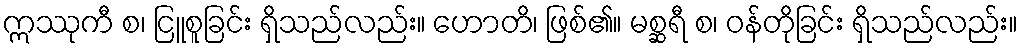
ဣဿုကီ စ၊ ငြူစူခြင်း ရှိသည်လည်း။ ဟောတိ၊ ဖြစ်၏။ မစ္ဆရီ စ၊ ဝန်တိုခြင်း ရှိသည်လည်း။